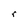
Character: r